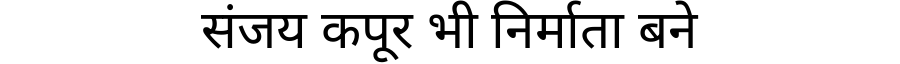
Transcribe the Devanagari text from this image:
संजय कपूर भी निर्माता बने